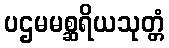
ပဌမမစ္ဆရိယသုတ္တံ